Report of an investigation in regard to the prevalence of stegomyia and other mosquitoes in Karachi, and the measures necessary for their control
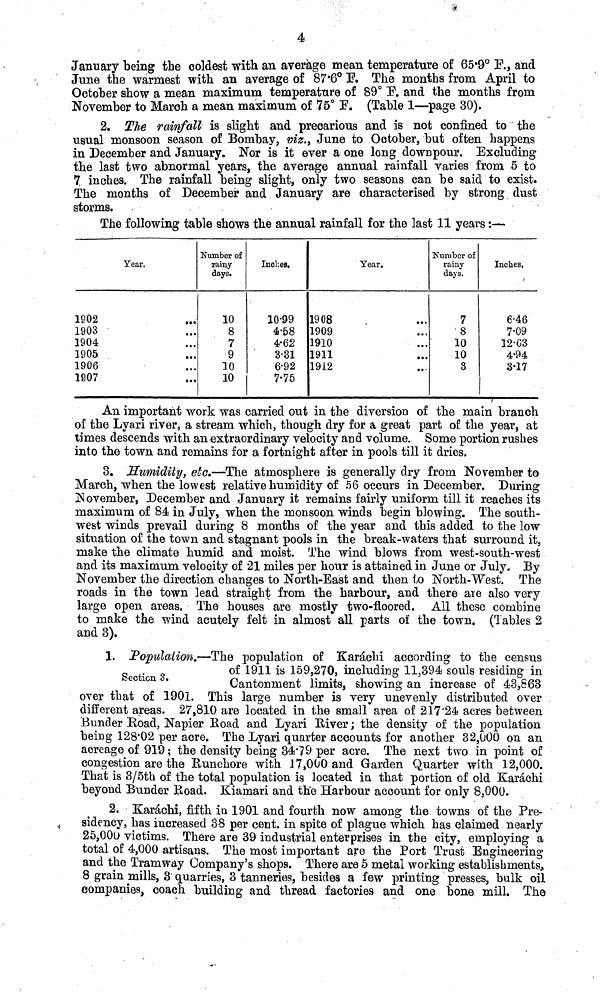
4
January being the coldest with an average mean temperature of 65.9° F., and
June the warmest with an average of 87.6° F. The months from April to
October show a mean maximum temperature of 89° F. and the months from
November to March a mean maximum of 75° F. (Table 1—page 30).
2. The rainfall is slight and precarious and is not confined to the
usual monsoon season of Bombay, viz., June to October, but often happens
in December and January. Nor is it ever a one long downpour. Excluding
the last two abnormal years, the average annual rainfall varies from 5 to
7 inches. The rainfall being slight, only two seasons can be said to exist.
The months of December and January are characterised by strong dust
storms.
The following table shows the annual rainfall for the last 11 years:—
1902
1903
1904
1905
1906
1907
Year.
Number of
rainy
days.
10
8
7
9
10
10
Inches.
10.99
4.58
4.62
3.31
6.92
7-75
1908
1909
1910
1911
1912
Year.
...
...
...
Number of
rainy
days.
7
•8
10
10
3
Inches.
€•46
7.09
12.03
4.94
3.17
An important work was carried out in the diversion of the main branch
of the Lyari river, a stream which, though dry for a great part of the year, at
times descends with an extraordinary velocity and volume. Some portion rushes
into the town and remains for a fortnight after in pools till it dries.
3. Humidity, etc.—The atmosphere is generally dry from November to
March, when the lowest relative humidity of 56 occurs in December. During
November, December and January it remains fairly uniform till it reaches its
maximum of 84 in July, when the monsoon winds begin blowing. The south-
west winds prevail during 8 months of the year and this added to the low
situation of the town and stagnant pools in the break-waters that surround it,
make the climate humid and moist. The wind blows from west-south-west
and its maximum velocity of 21 miles per hour is attained in June or July. By
November the direction changes to North-East and then to North-West. The
roads in the town lead straight from the harbour, and there are also very
large open areas. The houses are mostly two-floored. All these combine
to make the wind acutely felt in almost all parts of the town. (Tables 2
and 3).
Section 3.
1. Population.—The population of Karachi according to the census
of 1911 is 159,270, including 11,394 souls residing in
Cantonment limits, showing an increase of 43,863
over that of 1901. This large number is very unevenly distributed over
different areas. 27,810 are located in the small area of 217.24 acres between
Bunder Road, Napier Road and Lyari River; the density of the population
being 128.02 per acre. The Lyari quarter accounts for another 32,000 on an
acreage of 919; the density being 34.79 per acre. The next two in point of
congestion are the Runchore with 17,000 and Garden Quarter with 12,000.
That is 3/5th of the total population is located in that portion of old Karachi
beyond Bunder Road. Kiamari and the Harbour account for only 8,000.
2. Karachi, fifth in 1901 and fourth now among the towns of the Pre-
sidency, has increased 38 per cent. in spite of plague which has claimed nearly
25,000 victims. There are 39 industrial enterprises in the city, employing a
total of 4,000 artisans. The most important are the Port Trust Engineering
and the Tramway Company's shops. There are 5 metal working establishments,
8 grain mills, 3 quarries, 3 tanneries, besides a few printing presses, bulk oil
companies, coach building and thread factories and one bone mill. The